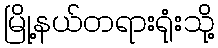
မြို့နယ်တရားရုံးသို့